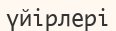
үйірлері